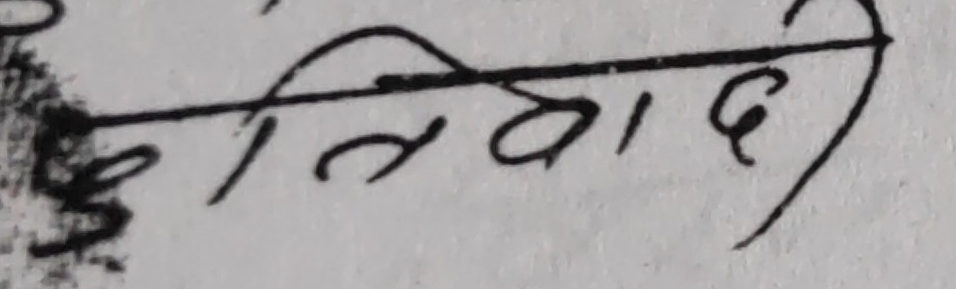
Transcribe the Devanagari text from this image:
दलवादी